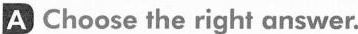
A Choose the right answer.